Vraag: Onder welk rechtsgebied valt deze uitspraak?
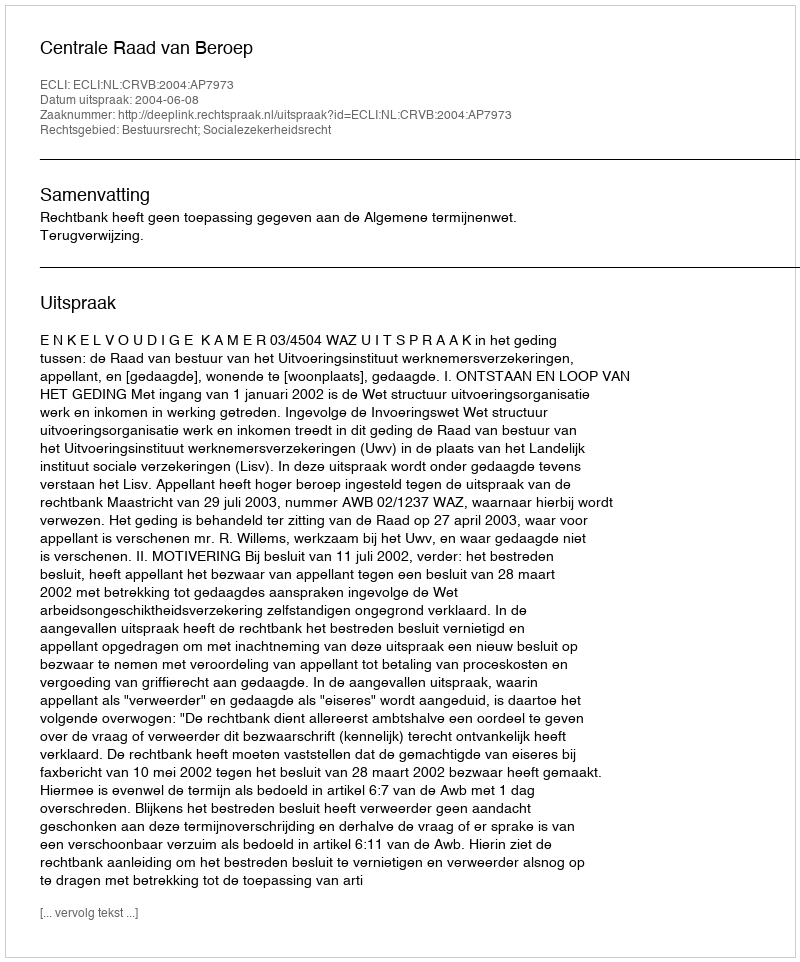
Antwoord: Bestuursrecht; Socialezekerheidsrecht